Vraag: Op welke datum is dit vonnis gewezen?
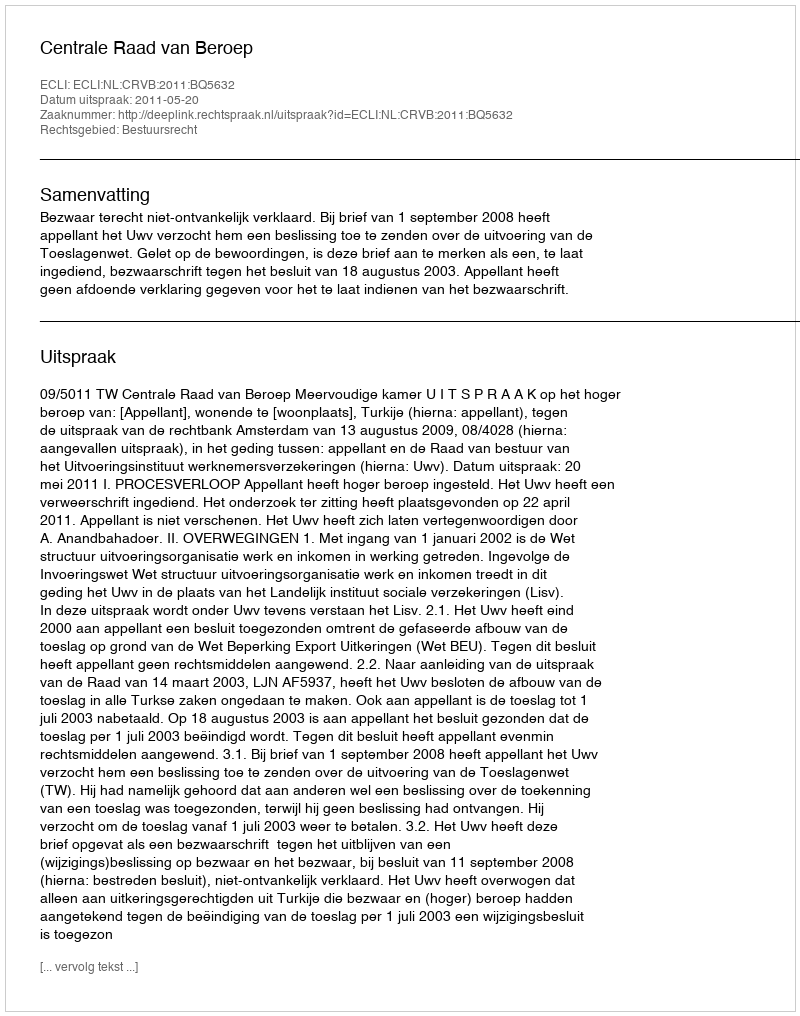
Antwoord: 2011-05-20